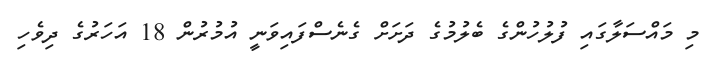
މި މައްސަލާގައި ފުލުހުންގެ ބެލުމުގެ ދަށަށް ގެނެސްފައިވަނީ އުމުރުން 18 އަހަރުގެ ދިވެހި